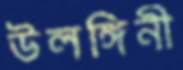
উলঙ্গিনী